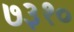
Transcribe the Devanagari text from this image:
७३१०